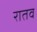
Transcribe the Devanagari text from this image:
रातव